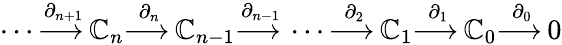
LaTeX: \dotsb{\overset{\partial_{n+1}}{\longrightarrow\, }}\mathbb{C}_{n}{\overset{\partial_{n}}{\longrightarrow\, }}\mathbb{C}_{n-1}{\overset{\partial_{n-1}}{\longrightarrow\, }}\dotsb{\overset{\partial_{2}}{\longrightarrow\, }}\mathbb{C}_{1}{\overset{\partial_{1}}{\longrightarrow\, }}\mathbb{C}_{0}{\overset{\partial_{0}}{\longrightarrow\, }}0